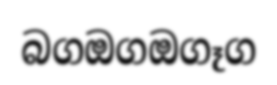
බගඔගඔගෑග